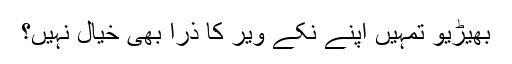
بھیڑیو تمہیں اپنے نکے ویر کا ذرا بھی خیال نہیں؟